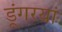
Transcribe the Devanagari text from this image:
डूंगरयां